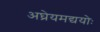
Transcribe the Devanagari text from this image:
अघ्रेयमद्ययोः